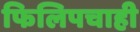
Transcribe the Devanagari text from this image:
फिलिपचाही